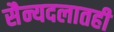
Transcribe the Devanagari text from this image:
सैन्यदलातही